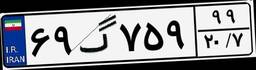
۶۹گ۷۵۹۹۹